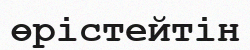
өрістейтін